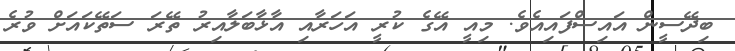
ބިދޭސީން އައިސްފައިއެވެ. މިއީ އޭގެ ކުރީ އަހަރާއި އާޅާބަލާއިރު ތޭރަ ސަތޭކައަށް ވުރެ